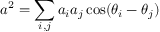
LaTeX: a ^ { 2 } = \sum _ { i , j } a _ { i } a _ { j } \cos ( \theta _ { i } - \theta _ { j } )